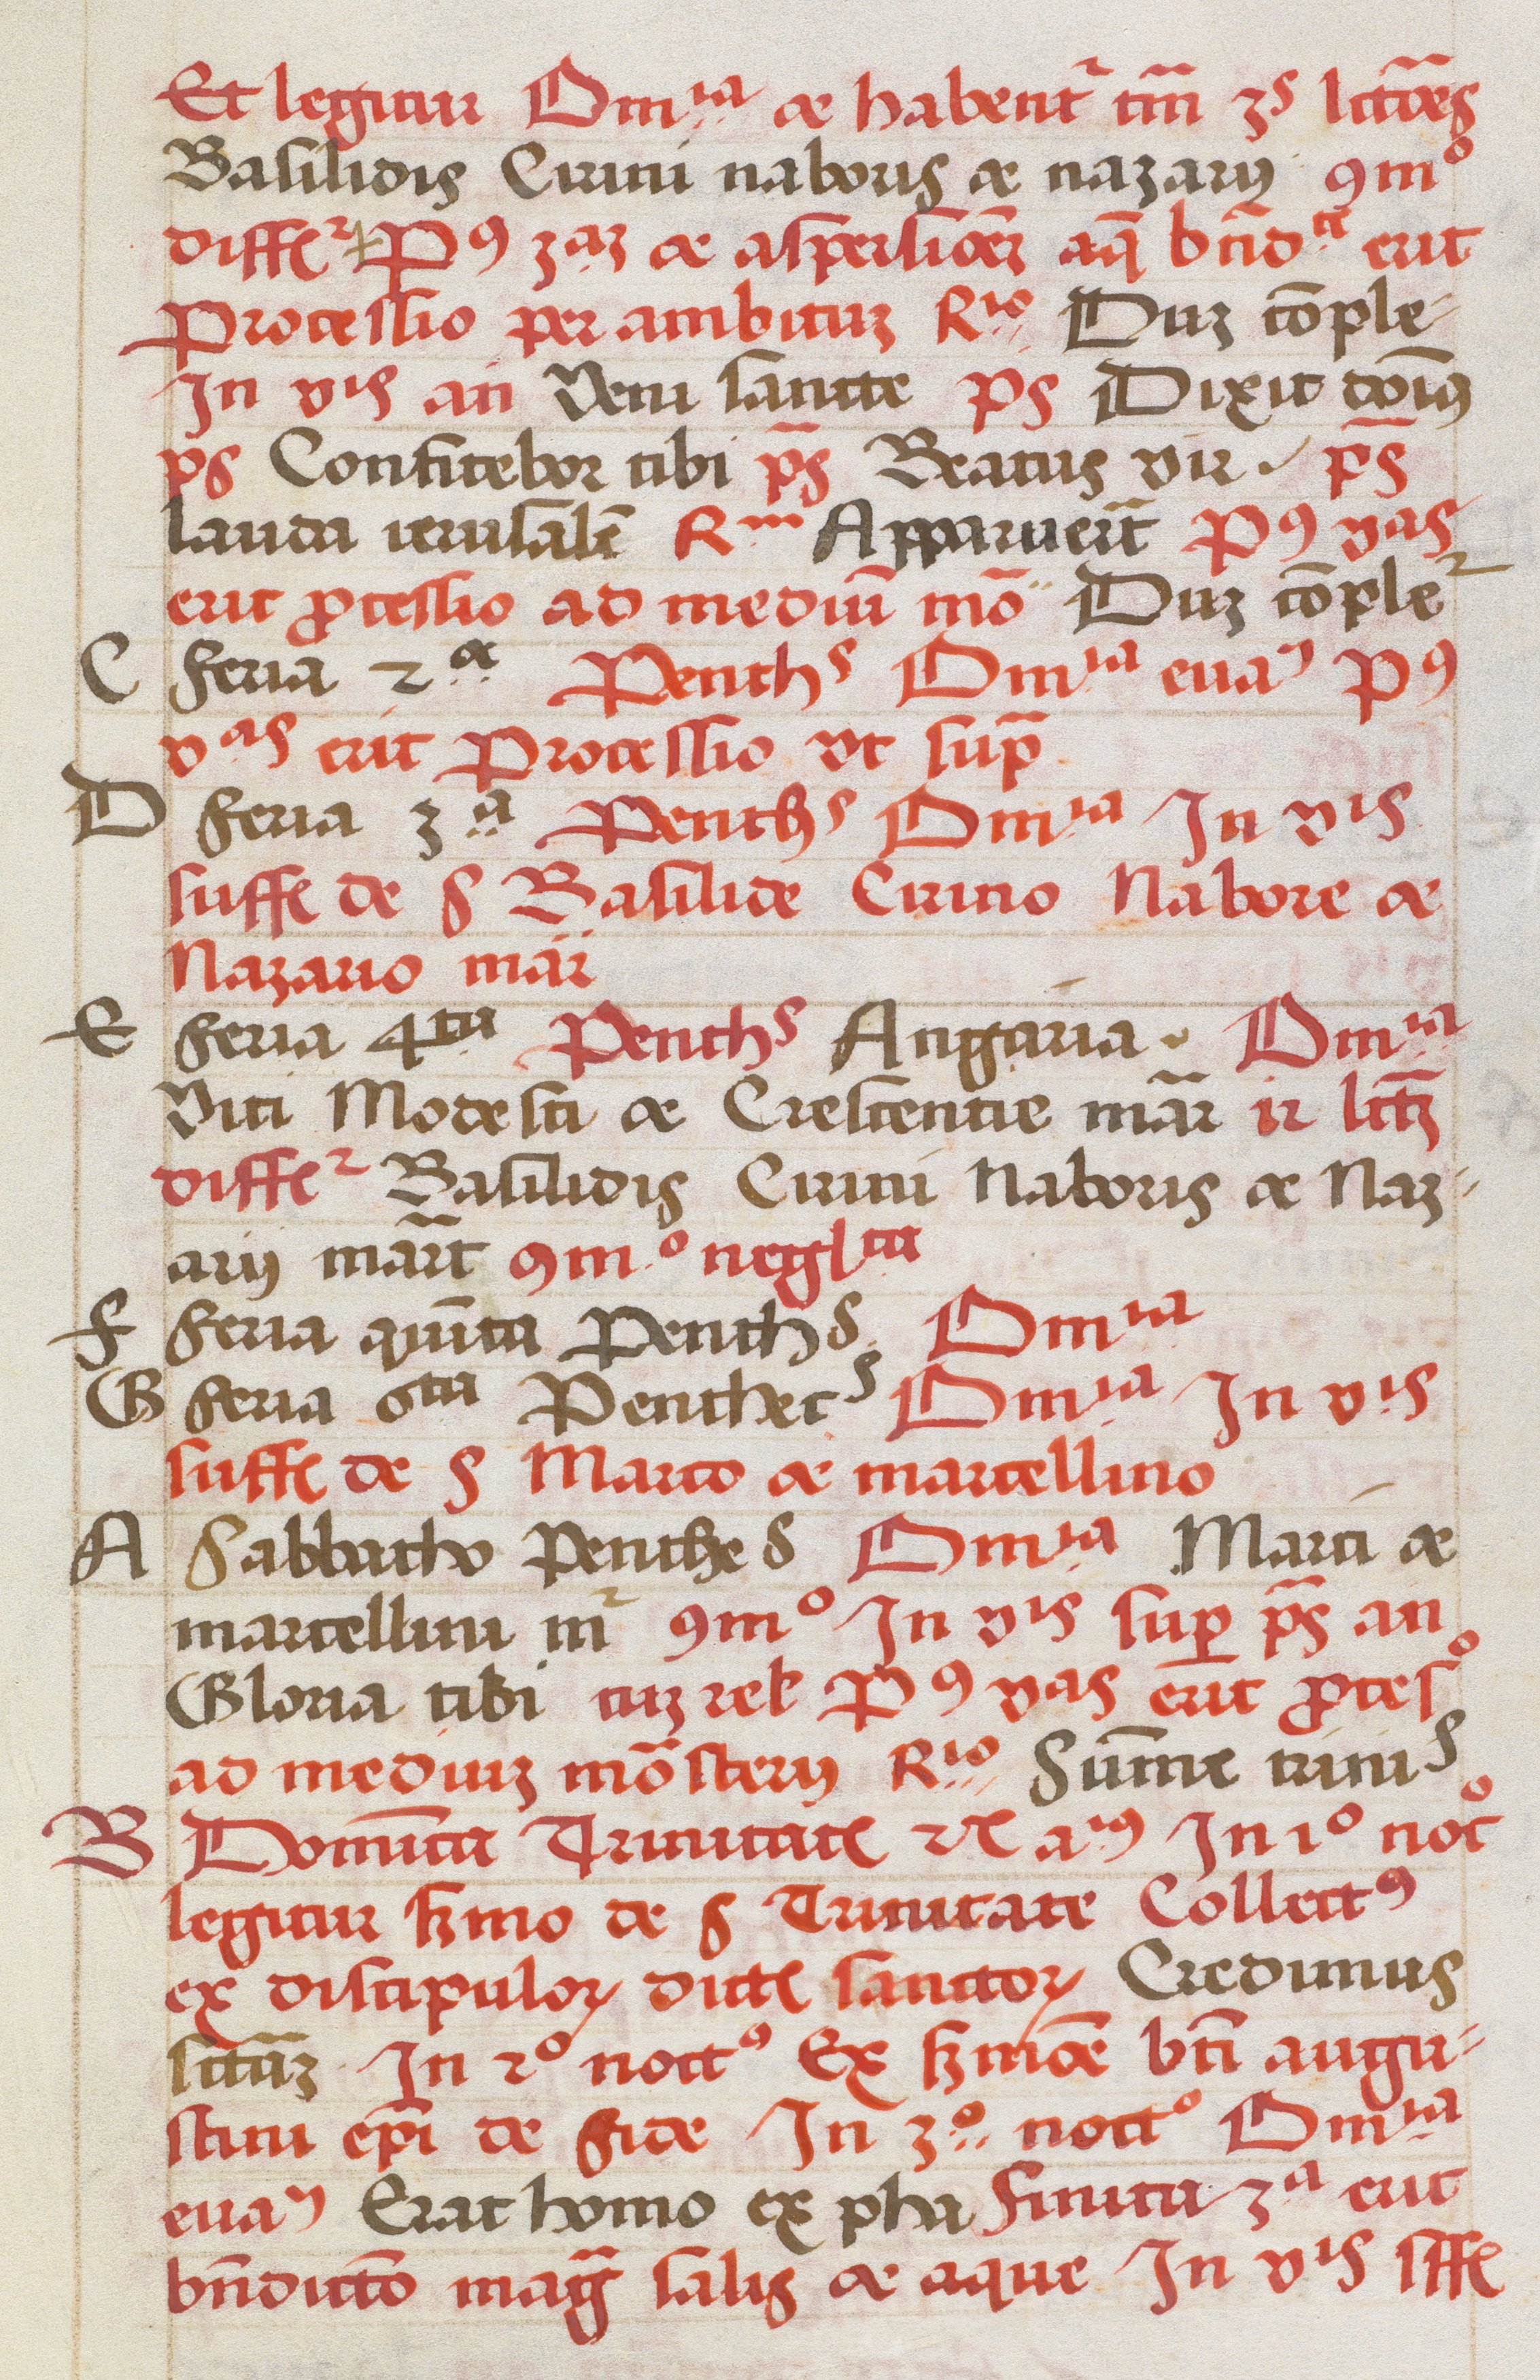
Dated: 1520–1520